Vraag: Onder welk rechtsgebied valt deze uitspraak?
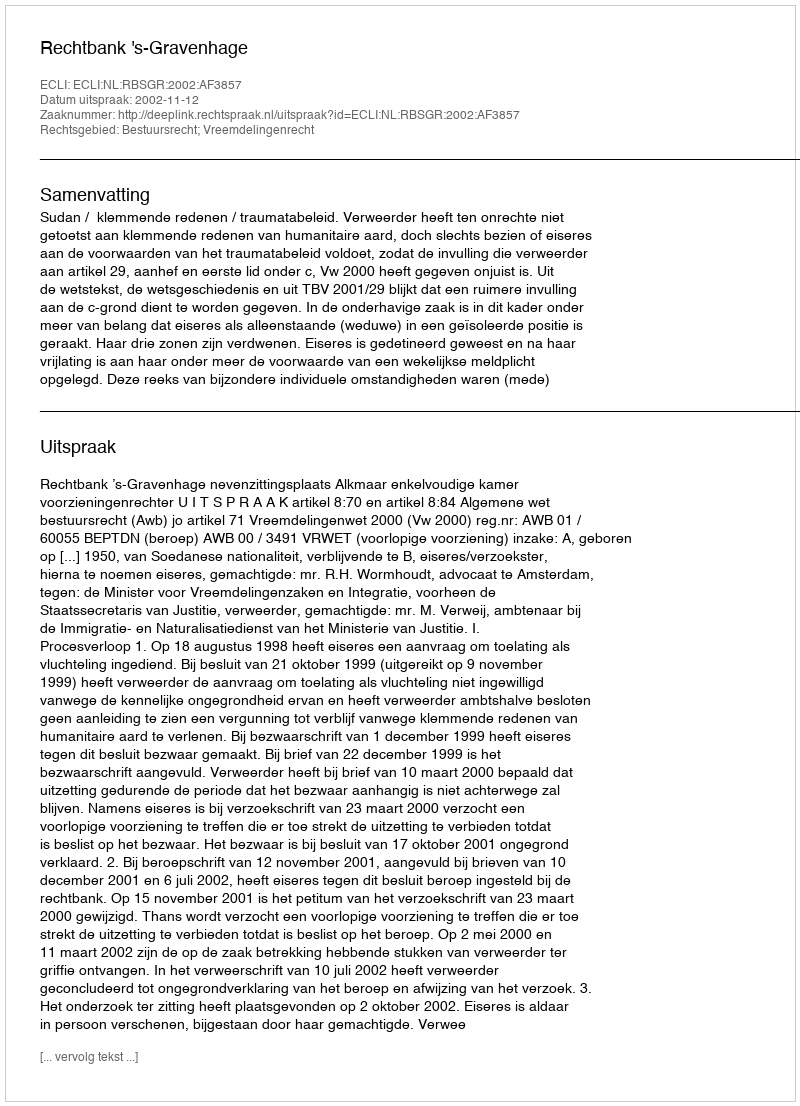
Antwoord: Bestuursrecht; Vreemdelingenrecht